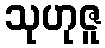
သုဟုဇူ